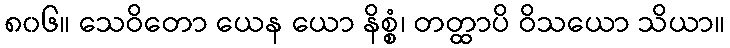
၈၀၆။ သေဝိတော ယေန ယော နိစ္စံ၊ တတ္ထာပိ ဝိသယော သိယာ။